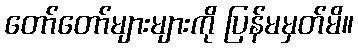
တော်တော်များများကို ပြန်မမှတ်မိ။